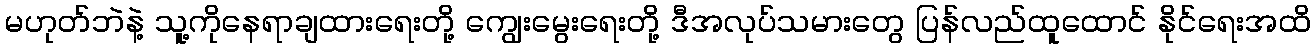
မဟုတ်ဘဲနဲ့ သူ့ကိုနေရာချထားရေးတို့ ကျွေးမွေးရေးတို့ ဒီအလုပ်သမားတွေ ပြန်လည်ထူထောင် နိုင်ရေးအထိ